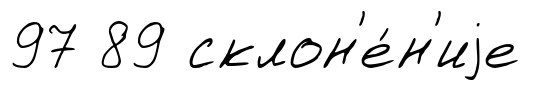
97 89 склон'е́н'иjе